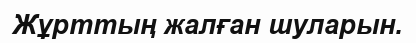
Жұрттың жалған шуларын.